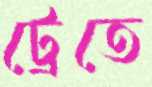
ট্রেতে